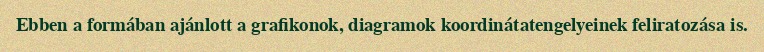
Ebben a formában ajánlott a grafikonok, diagramok koordinátatengelyeinek feliratozása is.